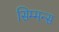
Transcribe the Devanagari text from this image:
सिम्मन्स